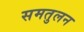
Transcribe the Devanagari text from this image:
समतुलन